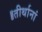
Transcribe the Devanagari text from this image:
॥तीर्थानां